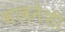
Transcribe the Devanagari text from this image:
भावनेशी